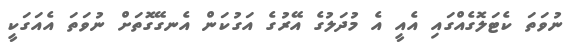
ނުވަތަ ކެޓަލޮގެއްގައި އެއީ އެ މުދަލުގެ އޭރުގެ އަގުކަން އެނގޭގޮތަށް ނުވަތަ އެއަގަކީ